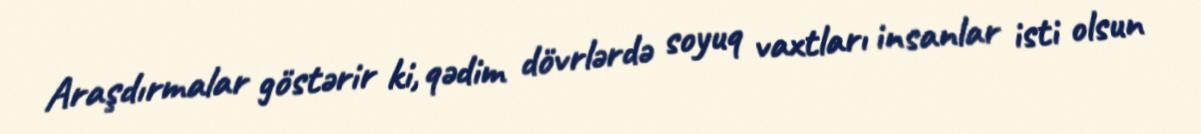
Araşdırmalar göstərir ki, qədim dövrlərdə soyuq vaxtları insanlar isti olsun